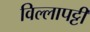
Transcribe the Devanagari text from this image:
विल्लापट्टी